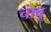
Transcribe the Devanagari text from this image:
चावू